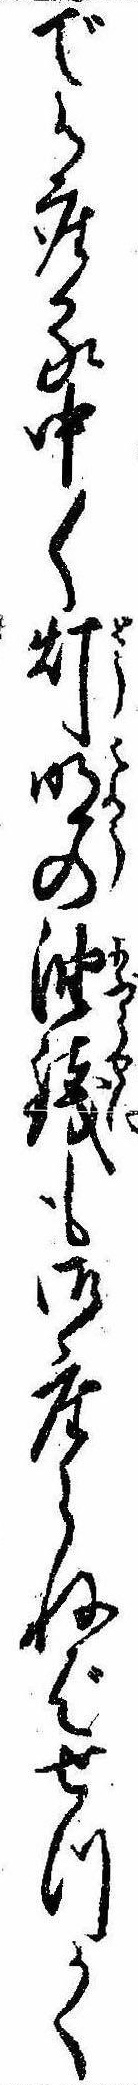
で御座る中〱灯明の油銭も御座らねばせつかく